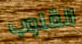
القلوب